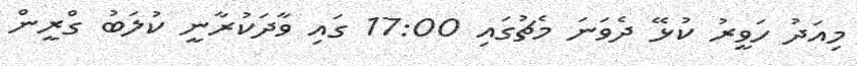
މިއަދު ހަވީރު ކުޅޭ ދެވަނަ މެޗުގައި 17:00 ގައި ވާދަކުރާނީ ކުލަބު ގްރީން